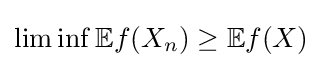
\lim \inf \mathbb {E} f(X_{n})\geq \mathbb {E} f(X)